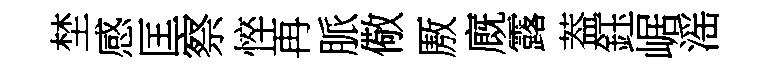
埜感匡察悴再脈儆厫廐露葢鈺崌滛